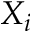
X _ { i }